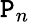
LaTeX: \mathtt{P}_{n}